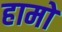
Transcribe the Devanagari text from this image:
हामो